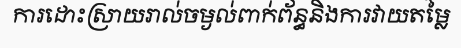
ការដោះស្រាយរាល់ចម្ងល់ពាក់ព័ន្ធនិងការវាយតម្លៃ